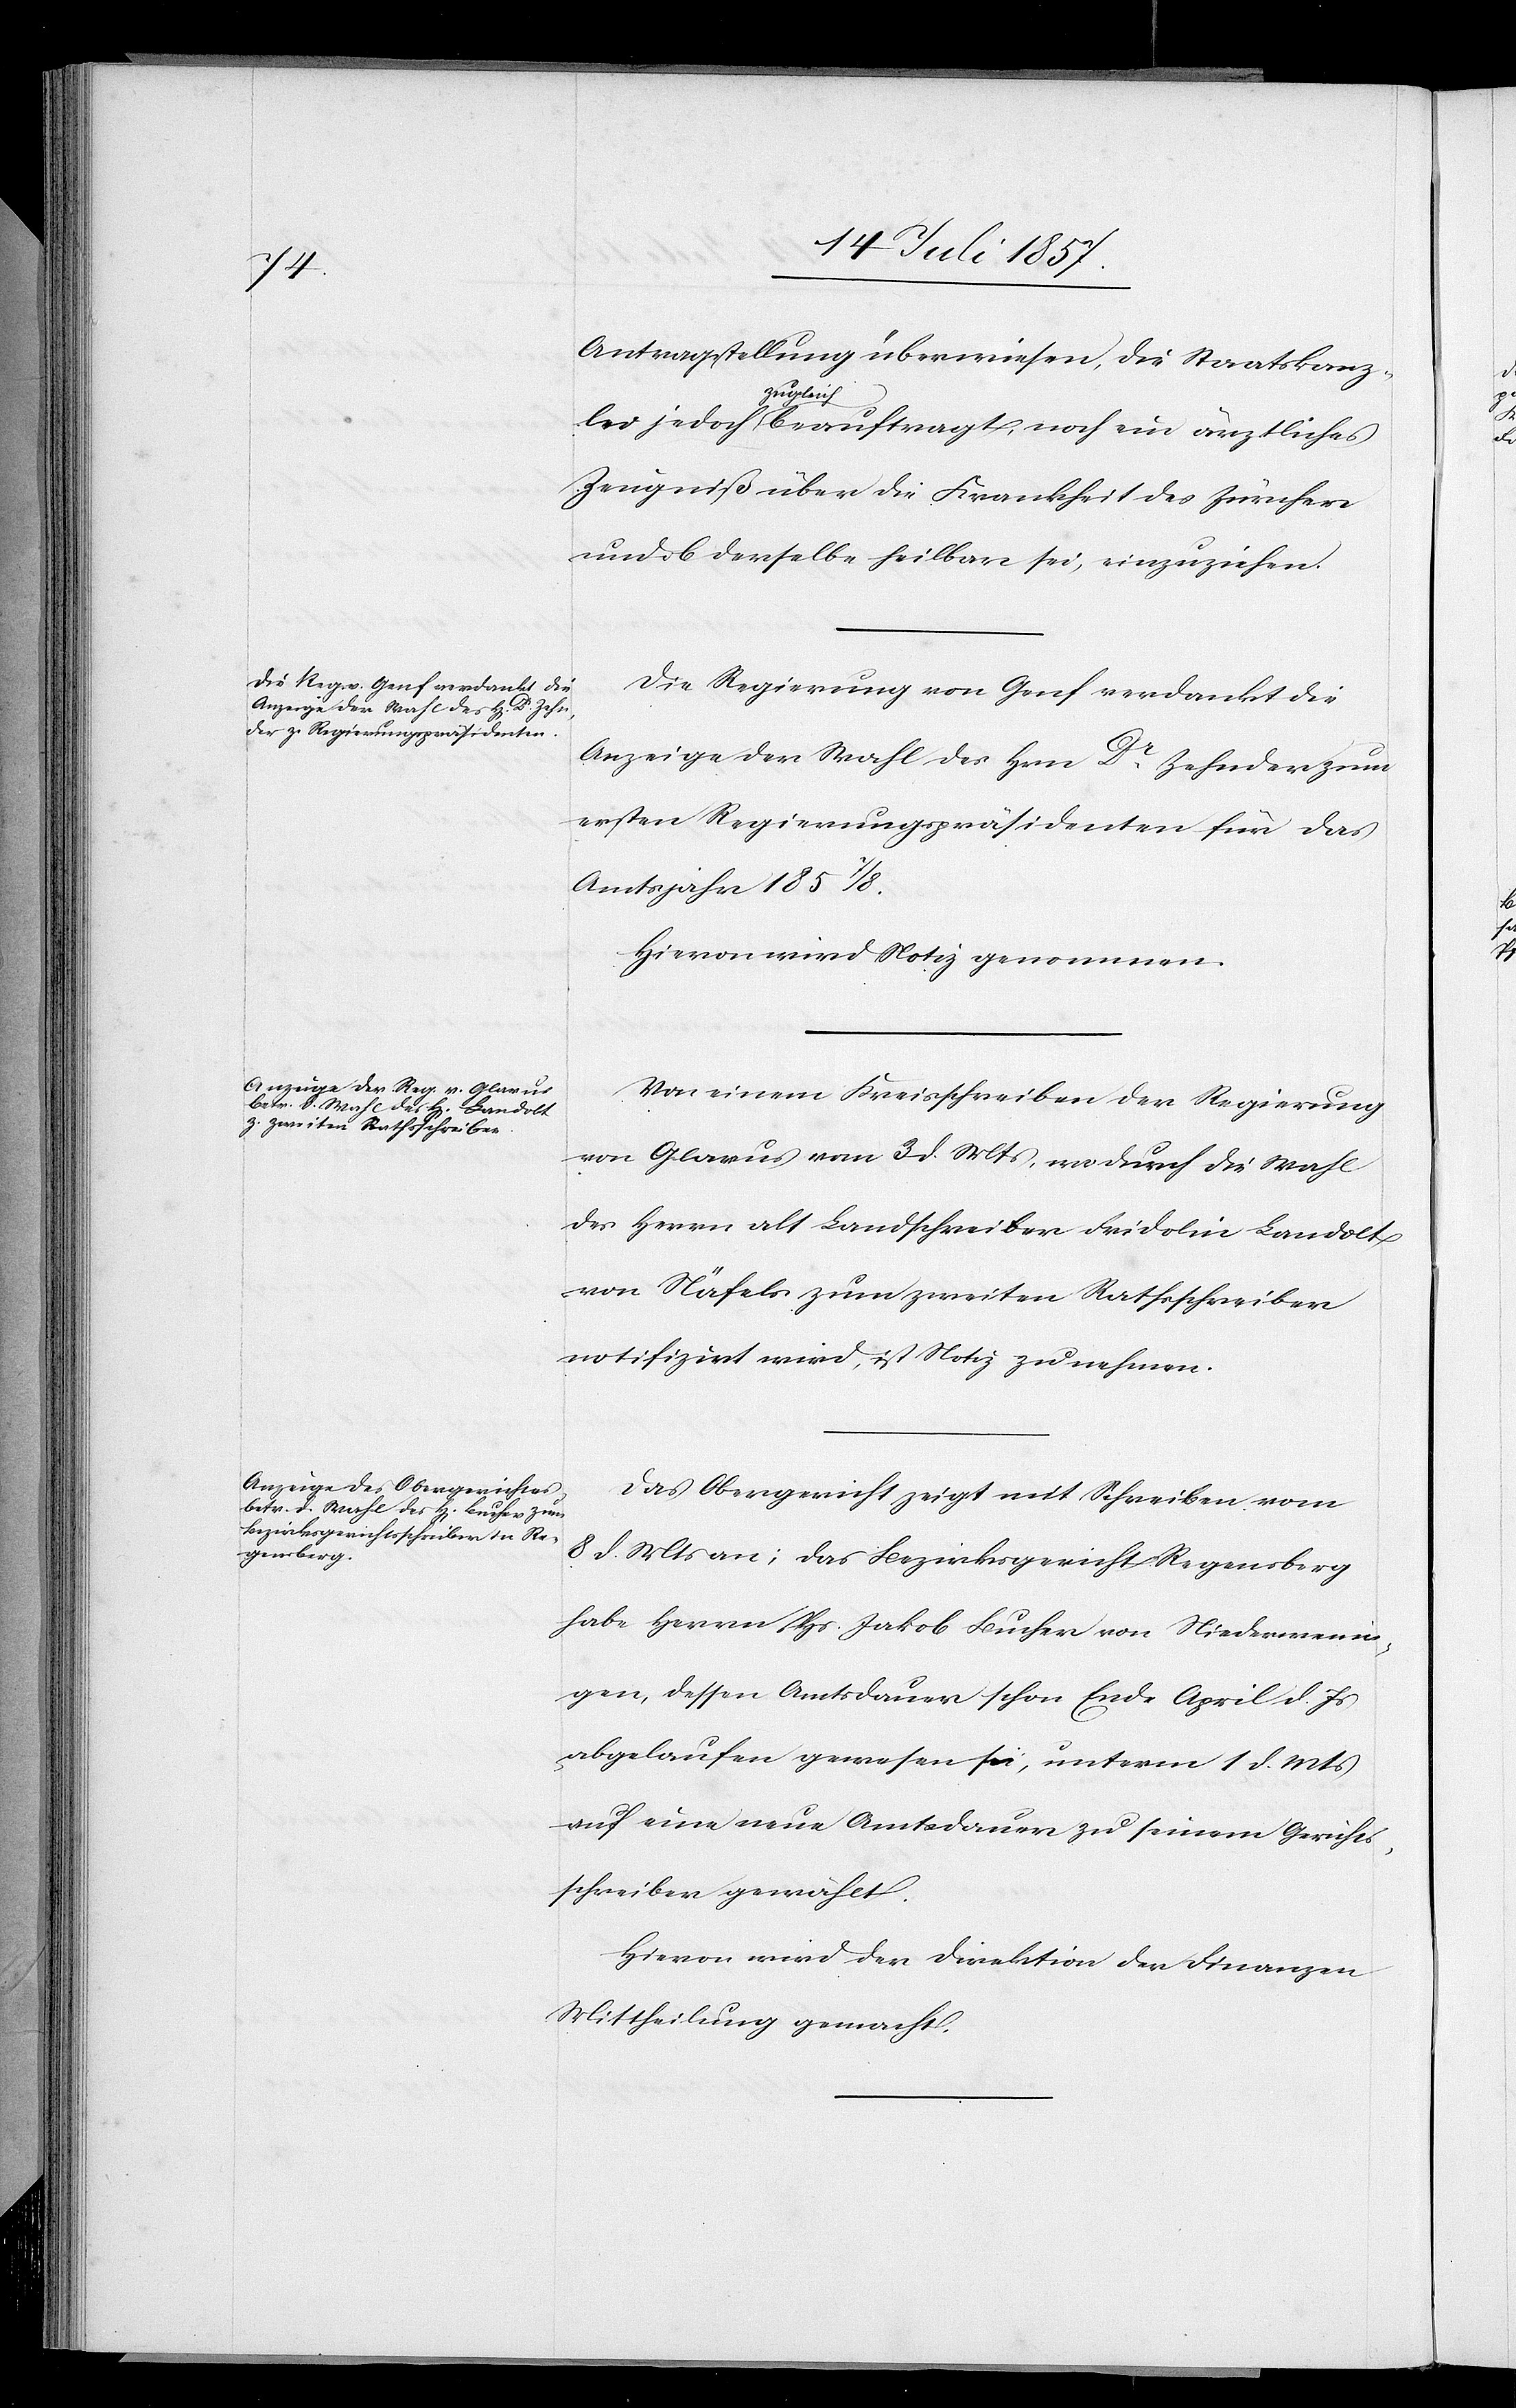
Mts.

Antragstellung überwiesen, die Staatskanz¬
unterm
Zeugniß über die Krankheit des Zürcher
und ob derselbe heilbar sei, einzuziehen.
Die Regierung von Genf verdankt die
Anzeige der Wahl des Herrn Dr Zehnder zum
ersten Regierungspräsidenten für das
Amtsjahr 1857/8.
Hievon wird Notiz genommen.
Von einem Kreisschreiben der Regierung
von Glarus vom 3 d. Mts., wodurch die Wahl
des Herrn alt Landschreiber Fridolin Landolt
von Näfels zum zweiten Rathsschreiber
notifizirt wird, ist Notiz zu nehmen.
Das Obergericht zeigt mit Schreiben vom
8 d. Mts. an; das Bezirksgericht Regensberg
habe Herrn Hs. Jakob Bucher von Niederwenin¬
gen, dessen Amtsdauer schon Ende April d. Js.
auf eine neue Amtsdauer zu seinem Gerichts¬
schreiber gewählt.
Hievon wird der Direktion der Finanzen
Mittheilung gemacht.